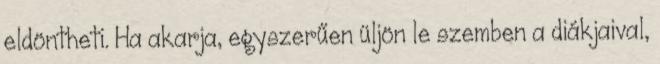
eldöntheti. Ha akarja, egyszerűen üljön le szemben a diákjaival,